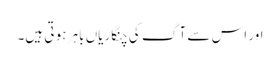
اور اس سے آ گ کی چنگاریاں باہر ہو تی ہیں۔